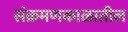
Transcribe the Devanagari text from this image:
संक्रमणकाळातील